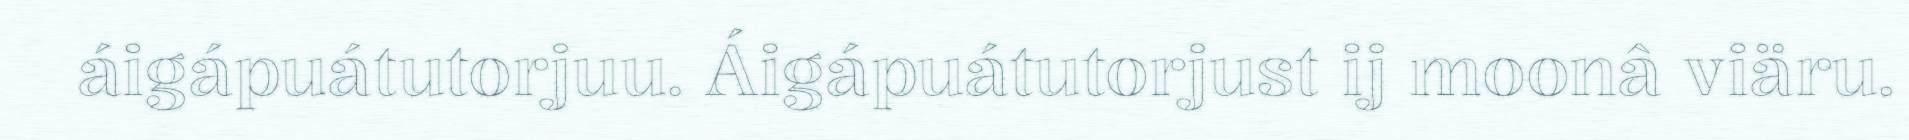
áigápuátutorjuu. Áigápuátutorjust ij moonâ viäru.